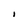
Character: I